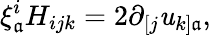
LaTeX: \xi_{\mathfrak{a}}^{i}H_{ijk}=2\partial_{[j}\mathit{u}_{k]\mathfrak{a}},